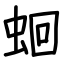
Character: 蛔